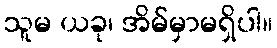
သူမ ယခု၊ အိမ်မှာမရှိပါ။